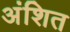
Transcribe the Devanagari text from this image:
अंशित